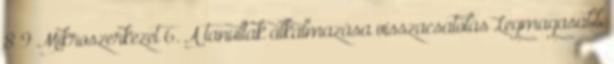
8 9 Mikroszerkezet 6. A tanultak alkalmazása visszacsatolás Legmagasabb